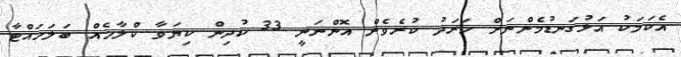
އެކަމަކު އަޅުގަނޑުމެންނަށް ހަރަދު ކުރެވެން އޮންނަނީ 33 ކުދިން ކިޔަވާ ކްލާހެއް ބަލަހައްޓާ